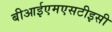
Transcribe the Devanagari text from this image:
बीआईएमएसटीइसी